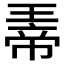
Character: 𪼀